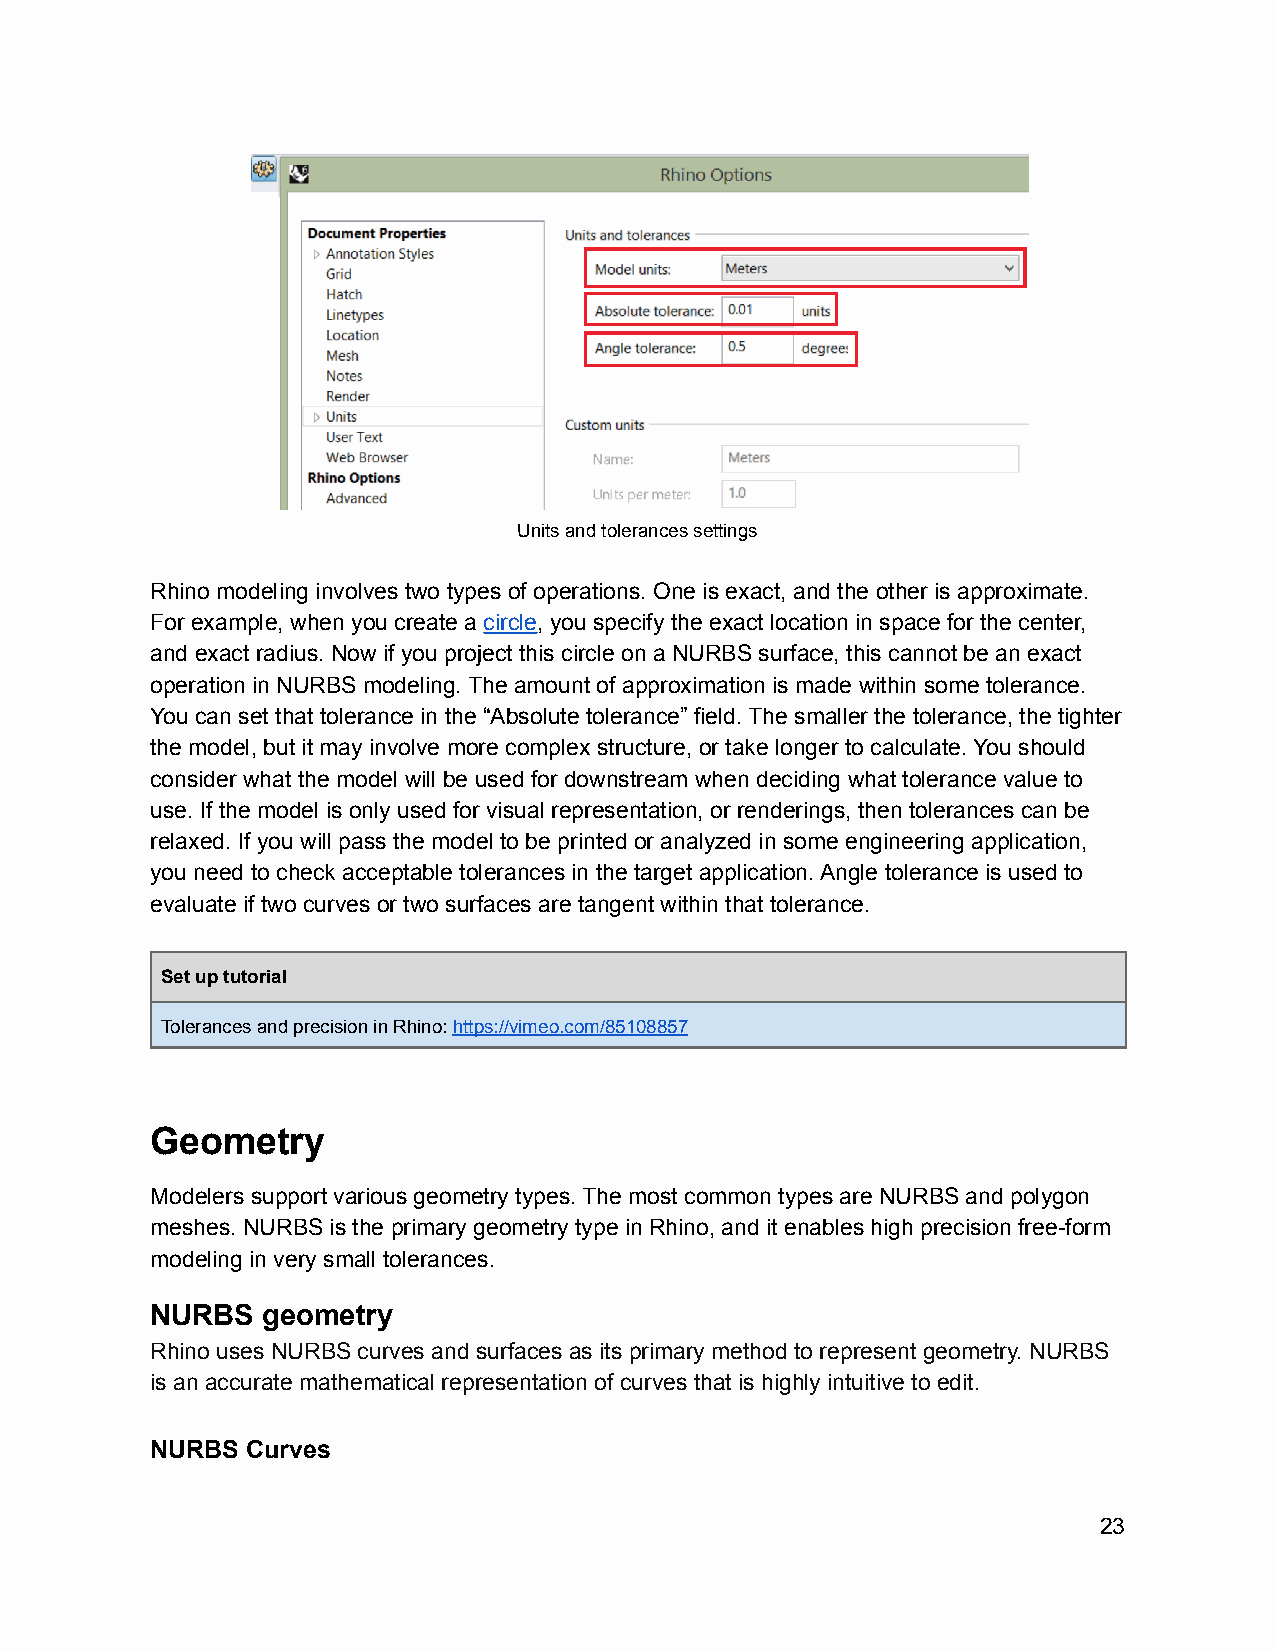
Units and tolerances settings
 Rhino modeling involves two types of operations. One is exact, and the other is approximate.
 For example, when you create a circle, you specify the exact location in space for the center,
 and exact radius. Now if you project this circle on a NURBS surface, this cannot be an exact
 operation in NURBS modeling. The amount of approximation is made within some tolerance.
 You can set that tolerance in the “Absolute tolerance” field. The smaller the tolerance, the tighter
 the model, but it may involve more complex structure, or take longer to calculate. You should
 consider what the model will be used for downstream when deciding what tolerance value to
 use. If the model is only used for visual representation, or renderings, then tolerances can be
 relaxed. If you will pass the model to be printed or analyzed in some engineering application,
 you need to check acceptable tolerances in the target application. Angle tolerance is used to
 evaluate if two curves or two surfaces are tangent within that tolerance.
 Set up tutorial
 Tolerances and precision in Rhino:https://vimeo.com/85108857
 Geometry
 Modelers support various geometry types. The most common types are NURBS and polygon
 meshes. NURBS is the primary geometry type in Rhino, and it enables high precision free-form
 modeling in very small tolerances.
 NURBS  geometry
 Rhino uses NURBS curves and surfaces as its primary method to represent geometry. NURBS
 is an accurate mathematical representation of curves that is highly intuitive to edit.
 NURBS Curves
 23